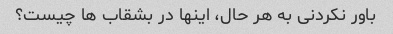
باور نکردنی به هر حال، اینها در بشقاب ها چیست؟